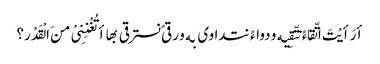
أرَأیْتَ اتّقاءً نتّقِیه و دواءً نتداوی به و رقیً نسترقی بها أتُغْنِنِیْ منَ الْقَدْر؟